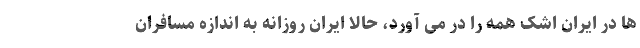
ها در ایران اشک همه را در می آورد، حالا ایران روزانه به اندازه مسافران